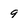
Character: 9